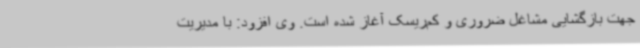
جهت بازگشایی مشاغل ضروری و کم‌ریسک آغاز شده است. وی افزود: با مدیریت